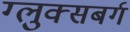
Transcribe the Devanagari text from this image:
ग्लुक्सबर्ग